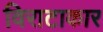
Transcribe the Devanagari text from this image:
विराटाकार